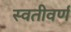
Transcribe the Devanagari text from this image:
स्वतीवर्ण